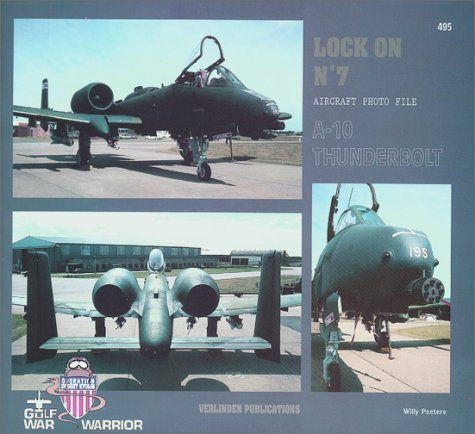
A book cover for Fairchild Republic A-10 Thunderbolt (Lock on, No. 7); Willy Peeters; Arts & Photography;